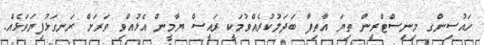
ހައުސިންގ މިނިސްޓްރީން ތިޔަ އާތިފާ ބަދަލުކުރެއްވުމަކީ ރައީސް ޔާމީން އެޅުއްވި ވަރަށް ރަނގަޅުފިޔަވަޅެއް.